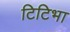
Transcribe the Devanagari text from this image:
टिटिभा